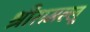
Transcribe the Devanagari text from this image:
श्रीरामल्लू